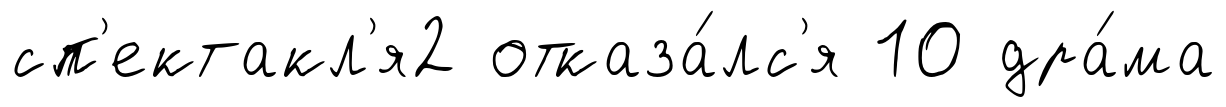
сп'ектакл'я2 отказа́лс'я 10 дра́ма